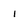
Character: 1